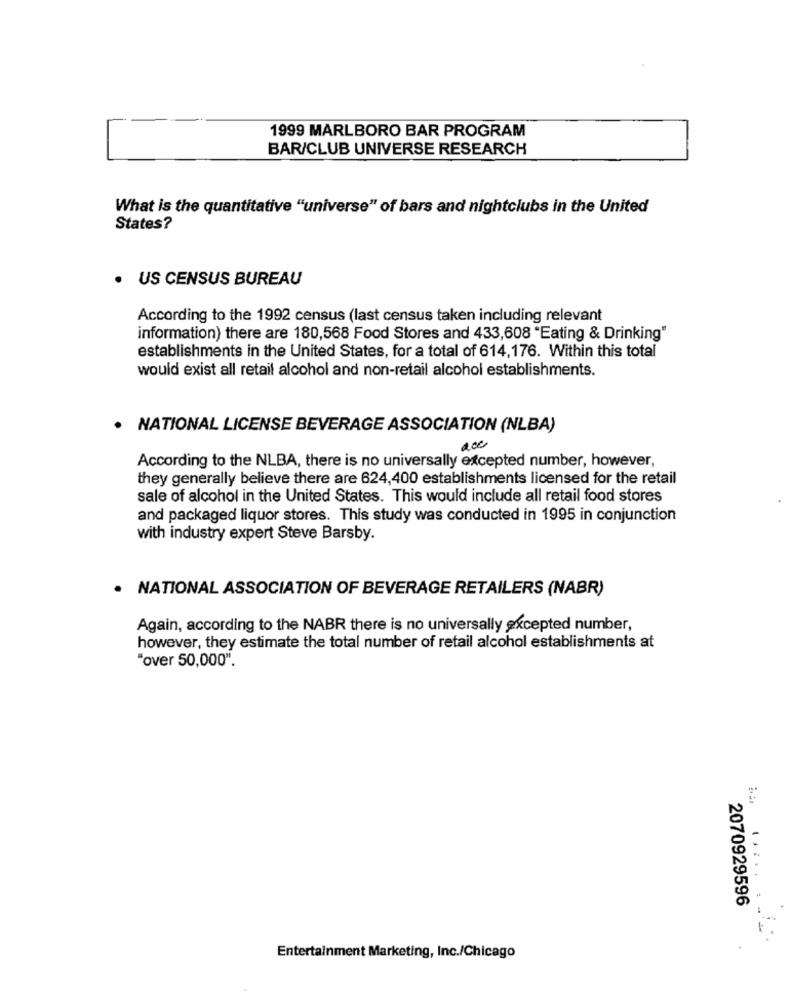
1999 MARLBORO BAR PROGRAM
BAR/CLUB UNIVERSE RESEARCH
What is the quantitative "universe" of bars and nightclubs in the United
States?
US CENSUS BUREAU
According to the 1992 census (last census taken including relevant
information) there are 180,568 Food Stores and 433,608 "Eating & Drinking"
establishments in the United States, for a total of 614,176. Within this total
would exist all retail alcohol and non-retail alcohol establishments.
NATIONAL LICENSE BEVERAGE ASSOCIATION (NLBA)
200
According to the NLBA, there is no universally excepted number, however,
they generally believe there are 624,400 establishments licensed for the retail
sale of alcohol in the United States. This would include all retail food stores
and packaged liquor stores. This study was conducted in 1995 in conjunction
with industry expert Steve Barsby.
NATIONAL ASSOCIATION OF BEVERAGE RETAILERS (NABR)
Again, according to the NABR there is no universally excepted number,
however, they estimate the total number of retail alcohol establishments at
"over 50,000".
.....
2070929596
Entertainment Marketing, Inc./Chicago